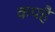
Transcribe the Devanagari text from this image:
कपहै